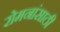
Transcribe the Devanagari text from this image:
रोमनांसाठी